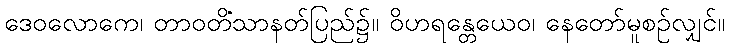
ဒေဝလောကေ၊ တာဝတိံသာနတ်ပြည်၌။ ဝိဟရန္တေယေဝ၊ နေတော်မူစဉ်လျှင်။